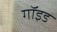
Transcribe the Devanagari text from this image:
गॉइड